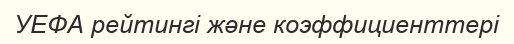
УЕФА рейтингі және коэффициенттері